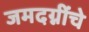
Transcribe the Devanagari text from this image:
जमदग्नींचे